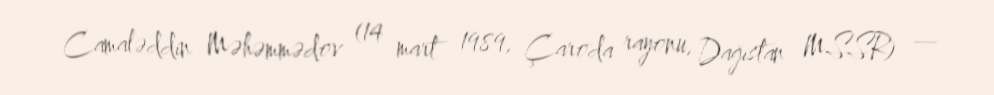
Camaləddin Məhəmmədov (14 mart 1989, Çaroda rayonu, Dağıstan MSSR) —